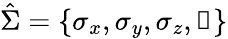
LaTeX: \hat{\Sigma}=\{ \sigma_{x},\sigma_{y},\sigma_{z},\mathbb{1}\}